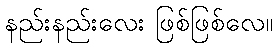
နည်းနည်းလေး ဖြစ်ဖြစ်လေ။